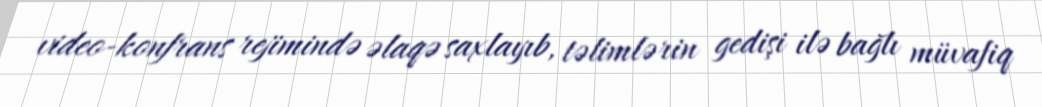
video-konfrans rejimində əlaqə saxlayıb, təlimlərin gedişi ilə bağlı müvafiq